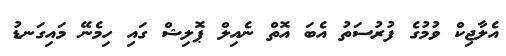
އެލާޖިކް ވުމުގެ ފުރުސަތު އެބަ އޮތް ނެއިލް ޕޮލިޝް ގައި ހިމެނޭ މައިގަނޑު